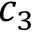
c _ { 3 }